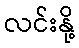
လင်းနို့